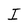
Character: T